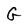
Character: G